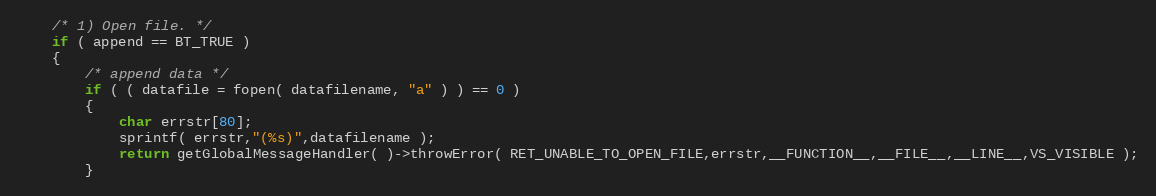
Language: C++
	/* 1) Open file. */
	if ( append == BT_TRUE )
	{
		/* append data */
		if ( ( datafile = fopen( datafilename, "a" ) ) == 0 )
		{
			char errstr[80];
			sprintf( errstr,"(%s)",datafilename );
			return getGlobalMessageHandler( )->throwError( RET_UNABLE_TO_OPEN_FILE,errstr,__FUNCTION__,__FILE__,__LINE__,VS_VISIBLE );
		}